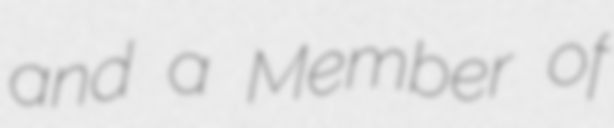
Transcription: and a Member of